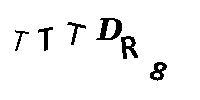
TTTDR8